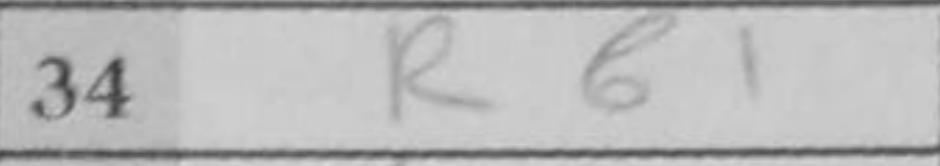
Transcription: Rb1